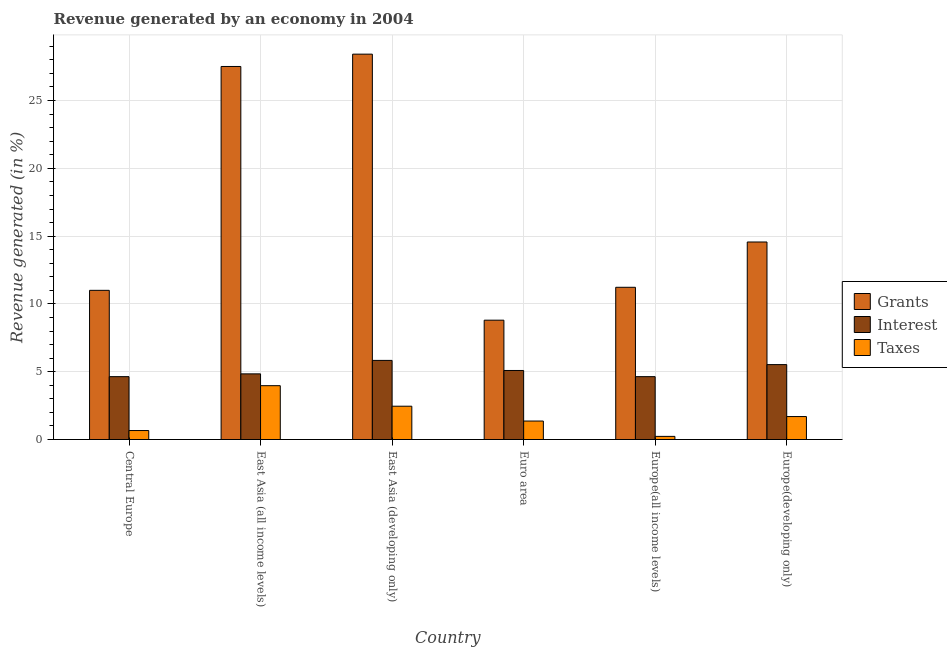
| Country | Grants | Interest | Taxes |
 | --- | --- | --- | --- |
 | Central Europe | 11 | 4.64 | 0.663 |
 | East Asia (all income levels) | 27.5 | 4.84 | 3.97 |
 | East Asia (developing only) | 28.4 | 5.84 | 2.46 |
 | Euro area | 8.8 | 5.09 | 1.36 |
 | Europe(all income levels) | 11.2 | 4.64 | 0.231 |
 | Europe(developing only) | 14.6 | 5.53 | 1.69 |